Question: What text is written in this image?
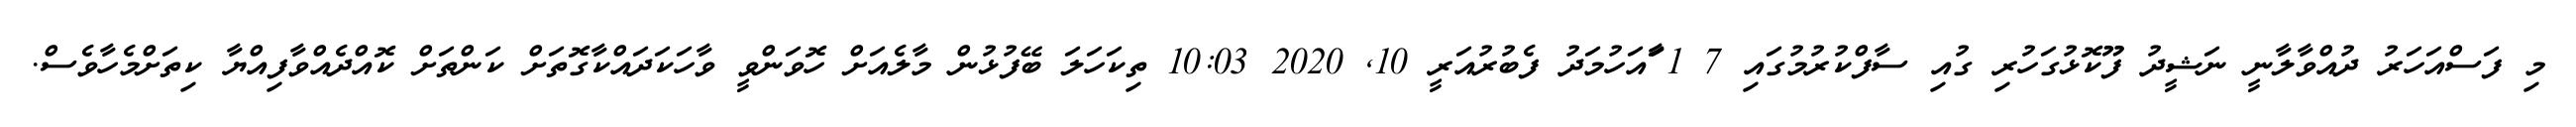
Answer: މި ފަސްއަހަރު ދުއްވާލާނީ ނަޝީދު ފޫކޮޅުގަހުރި ގުއި ސާފްކުރުމުގައި 7 1 ާައަހުމަދު ފެބުރުއަރީ 10, 2020 10:03 ތިކަހަލަ ބޭފުޅުން މާލެއަށް ހޮވަންވީ ވާހަކަދައްކާގޮތަށް ކަންތަށް ކޮއްދެއްވާފިއްޔާ ކިތަށްމެހާވެސް.